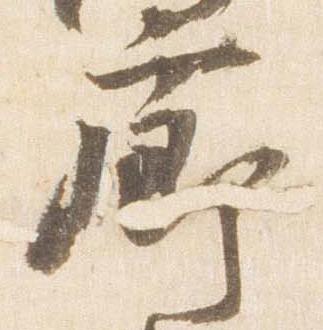
廊